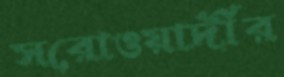
সরোওয়ার্দীর